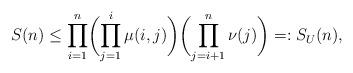
LaTeX: \begin{align*} S(n) \le \prod_{i=1}^n \biggl( \prod_{j= 1}^i \mu(i,j) \biggr) \biggl( \prod_{j=i+1}^n \nu(j) \biggr) =: S_U(n), \end{align*}